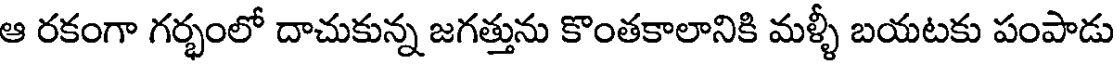
ఆ రకంగా గర్భంలో దాచుకున్న జగత్తును కొంతకాలానికి మళ్ళీ బయటకు పంపాడు